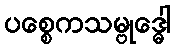
ပစ္စေကသမ္ဗုဒ္ဓေါ